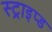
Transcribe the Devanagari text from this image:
स्ट्राइप्ड